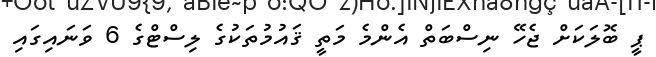
ޕީ ބޮލަކަށް ޖެހޭ ނިސްބަތް އެންމެ މަތީ ޤައުމުތަކުގެ ލިސްޓްގެ 6 ވަނައިގައި